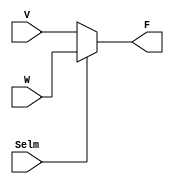
module mux2to1 (V, W, Selm, F);
    parameter k = 8;
    input [k-1:0] V, W;
    input Selm;
    output [k-1:0] F;
    reg [k-1:0] F;
    always @(V or W or Selm)
        if (Selm == 0)
            F <= V;
        else
            F <= W;
endmodule